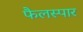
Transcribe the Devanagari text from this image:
फैलस्पार